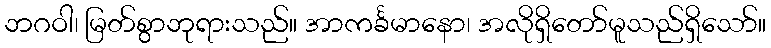
ဘဂဝါ၊ မြတ်စွာဘုရားသည်။ အာကင်္ခမာနော၊ အလိုရှိတော်မူသည်ရှိသော်။